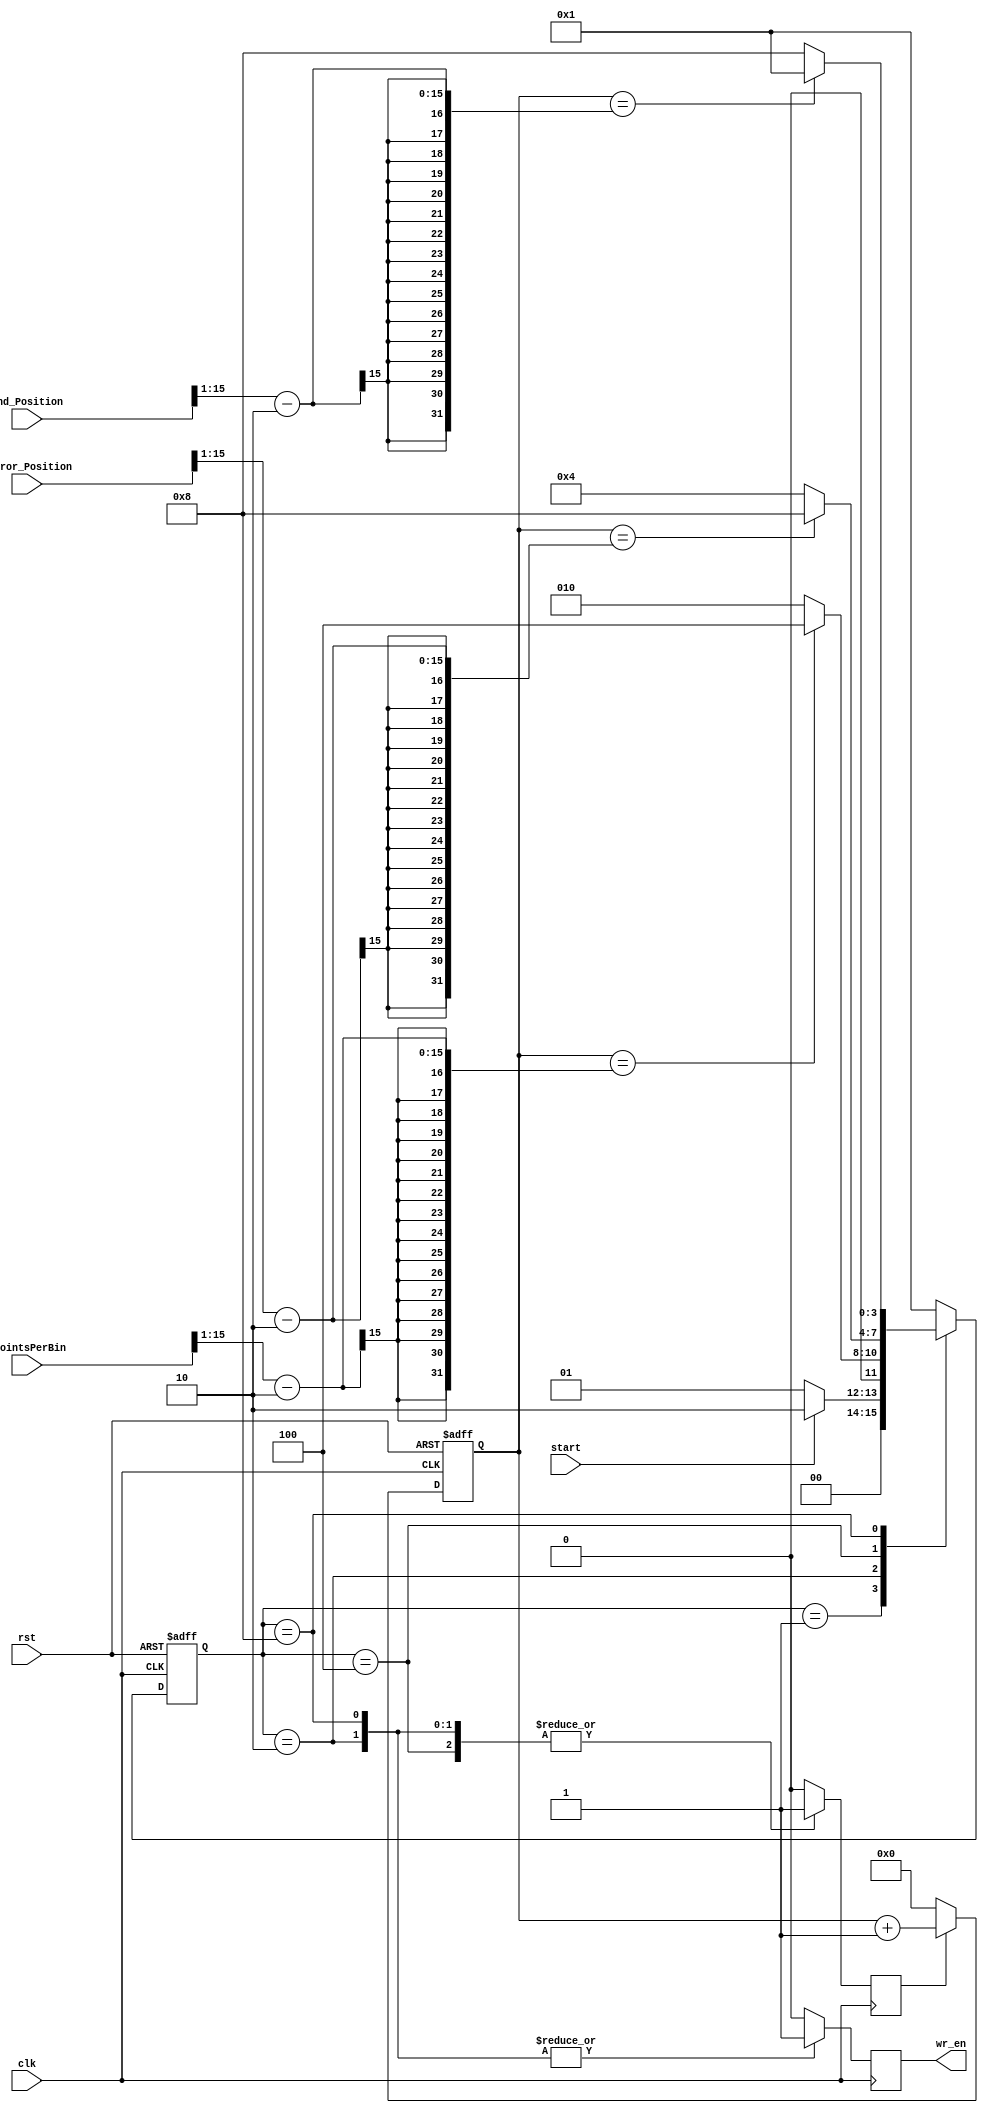
`timescale 1ns / 1ps
//==============================================================================
// Copyright (C) 2017 By GUO Pan
// guopan@bit.edu.cn, All Rights Reserved
//==============================================================================
// Module : 	FIFO_In_Wr_StateMachine
// Contact : 	guopan@bit.edu.cn
//==============================================================================
// Description :	FSM FIFO_In wr_en
//==============================================================================

module FIFO_In_Wr_StateMachine
       (
           // Colocking inputs
           input wire rst,
           input wire clk,

           // Trigger inputs
           input wire start,

           // Parameter inputs
           input wire [15:0] nPointsPerBin,			// 
           input wire [15:0] Mirror_Position,		// 
           input wire [15:0] End_Position,			// 

           // Signal outputs
           output reg wr_en

       );
// Inter reg or wire
reg [14:0] Points_counter;		// ,FIFO3km Max
reg [3:0]  state, next_state;

reg  Points_counter_en;	// 

// FIFO	   
parameter  IDLE 		= 4'b0001,
		   NOISE 		= 4'b0010,
           GAP  		= 4'b0100,
           RANGEBINS  	= 4'b1000;

////////////////////////////////////////////////
// FIFO
////////////////////////////////////////////////
always @(posedge clk or posedge rst)
begin
    if(rst == 1)
        state <= IDLE;
    else
        state <= next_state;
end

// 
always@(state,start,Points_counter,nPointsPerBin,Mirror_Position,End_Position)
begin
    case(state)
        IDLE:
        begin
            if(start == 1)
                next_state = NOISE;
            else
                next_state = IDLE;
        end

        NOISE:
        begin
            if(Points_counter == nPointsPerBin[15:1]-2)		// 2
                next_state = GAP;
            else
                next_state = NOISE;
        end

        GAP:
        begin
            begin
            if(Points_counter == Mirror_Position[15:1]-2)		// 2
                    next_state = RANGEBINS;
                else
                    next_state = GAP;
            end
        end

        RANGEBINS:
        begin
            if(Points_counter == End_Position[15:1]-2)		// 2
                next_state = IDLE;
            else
                next_state = RANGEBINS;
        end

        default:
            next_state = IDLE;
    endcase
end

// 
always@(posedge clk)
begin
    case(state)
        IDLE:
        begin
			Points_counter_en = 0;
            wr_en <= 0;
        end

        NOISE:
        begin
			Points_counter_en = 1;
            wr_en <= 1;
        end

        GAP:
        begin
			Points_counter_en = 1;
            wr_en <= 0;
        end

        RANGEBINS:
        begin
			Points_counter_en = 1;
            wr_en <= 1;
        end

        default:
        begin
			Points_counter_en = 0;
            wr_en <= 0;
        end

    endcase
end

// 
always @(posedge clk or posedge rst)
begin
    if(rst == 1)
    begin
        Points_counter <= 0;
    end
    else if(Points_counter_en == 0)
		Points_counter <= 0;
    else
        Points_counter <= Points_counter + 1;
end

endmodule